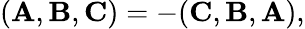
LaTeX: ({\mathbf A},{\mathbf B},{\mathbf C})=-({\mathbf C},{\mathbf B},{\mathbf A}),